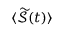
\langle \widetilde { \mathcal { S } } ( t ) \rangle